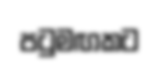
පටුමඟකට